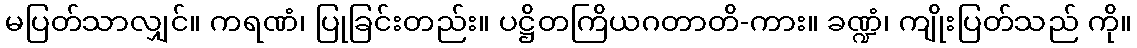
မပြတ်သာလျှင်။ ကရဏံ၊ ပြုခြင်းတည်း။ ပဋ္ဌိတကြိယဂတာတိ-ကား။ ခဏ္ဍံ၊ ကျိုးပြတ်သည် ကို။